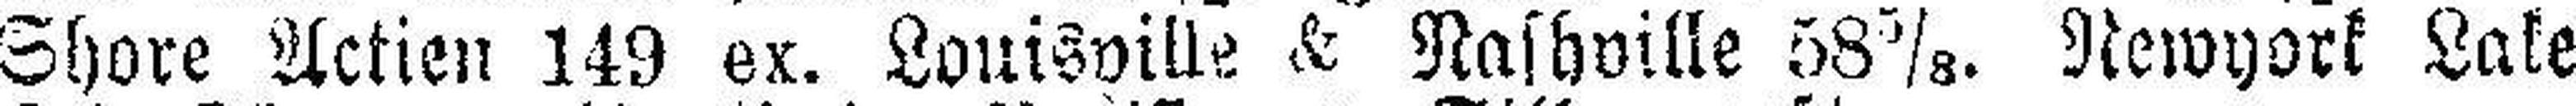
Shore Actien 149 ex. Louisville & Nashville 58⅝. Newyork Lake